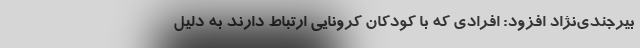
بیرجندی‌نژاد افزود: افرادی که با کودکان کرونایی ارتباط دارند به دلیل